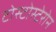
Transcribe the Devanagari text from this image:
टोस्टोस्टेरोन